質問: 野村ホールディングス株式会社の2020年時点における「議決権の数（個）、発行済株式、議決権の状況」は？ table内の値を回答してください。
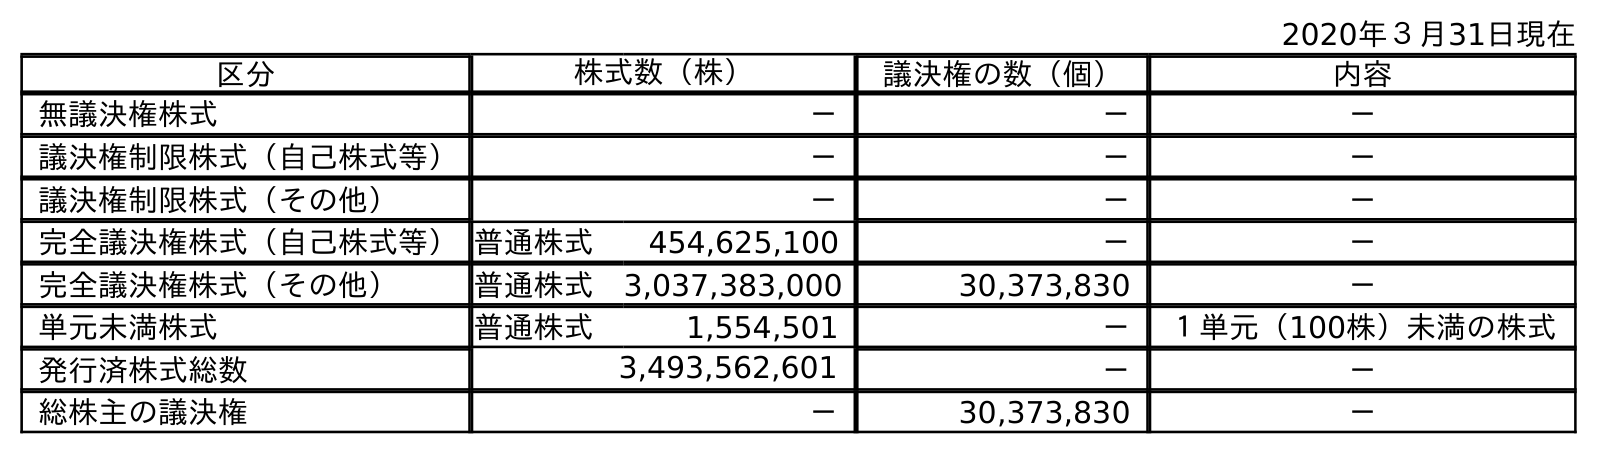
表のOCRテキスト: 2020年３月31日現在 区分 株式数（株） 議決権の数（個） 内容 無議決権株式 － － － 議決権制限株式（自己株式等） － － － 議決権制限株式（その他） － － － 完全議決権株式（自己株式等）普通株式 454,625,100 － － 完全議決権株式（その他） 普通株式 3,037,383,000 30,373,830 － 単元未満株式 普通株式 1,554,501 － １単元（100株）未満の株式 発行済株式総数 3,493,562,601 － － 総株主の議決権 － 30,373,830 －
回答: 30,373,830